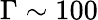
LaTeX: \Gamma\sim 100